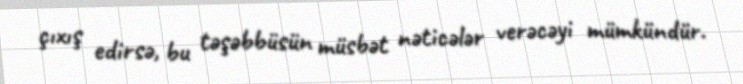
çıxış edirsə, bu təşəbbüsün müsbət nəticələr verəcəyi mümkündür.